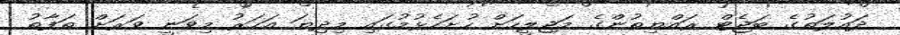
ދައުލަތުގެ ބަޖެޓް ރައްޔިތުންގެ މަޖިލީހަށް ހުށަހެޅުމުގައި މިދިޔަ އަހަރު މިވަނީ ވަރަށް ތަފާތު